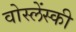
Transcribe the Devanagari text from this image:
वोस्लेंस्की